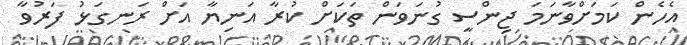
އެހެން ކަމަށްވާނަމަ ޖިންސީ ގުނަވަން ތަކަށް ކުރާ އަނިޔާ އަށް ރަނގަޅު ފަރުވާ